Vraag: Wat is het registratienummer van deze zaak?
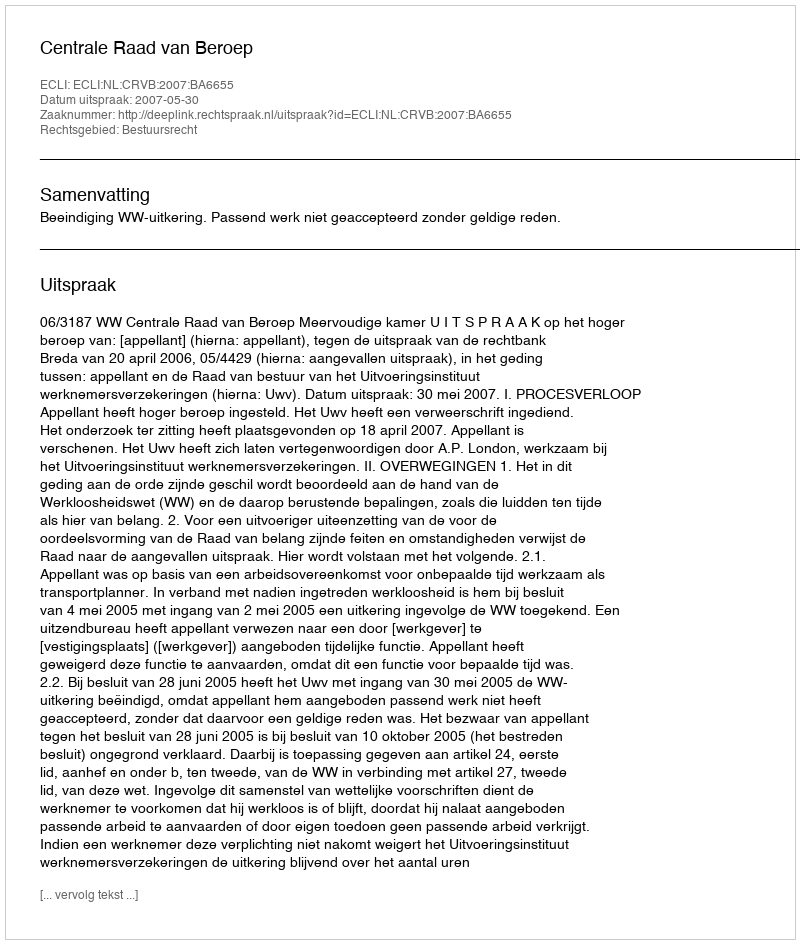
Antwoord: http://deeplink.rechtspraak.nl/uitspraak?id=ECLI:NL:CRVB:2007:BA6655